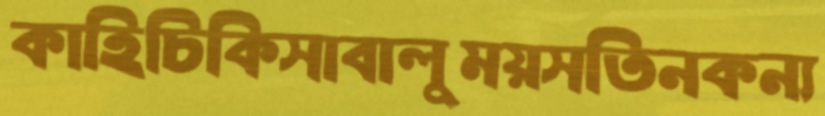
কাহিচিকিসাবালুময়সতিনকন্য